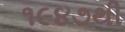
૧૯૪૭થી